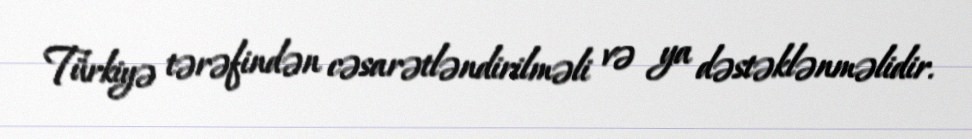
Türkiyə tərəfindən cəsarətləndirilməli və ya dəstəklənməlidir.